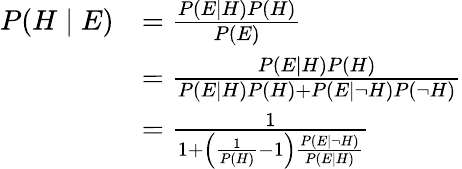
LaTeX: {\begin{array}{rl}{P(H\mid E)}&{={\frac{P(E\mid H)P(H)}{P(E)}}}\\ &{={\frac{P(E\mid H)P(H)}{P(E\mid H)P(H)+P(E\mid\neg H)P(\neg H)}}}\\ &{={\frac{1}{1+\left({\frac{1}{P(H)}}-1\right){\frac{P(E\mid\neg H)}{P(E\mid H)}}}}}\end{array}}